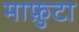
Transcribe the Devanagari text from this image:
माफ़ुटा